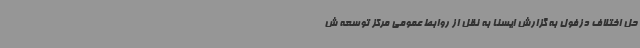
حل اختلاف دزفول به گزارش ایسنا به نقل از روابط عمومی مرکز توسعه ش